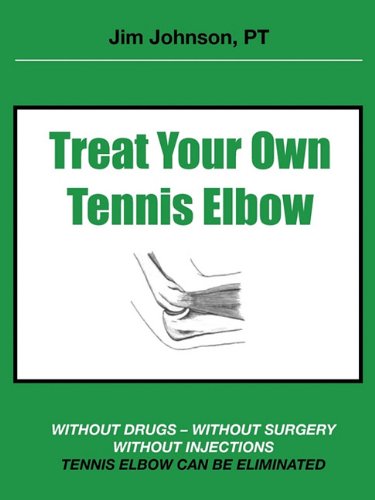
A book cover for Treat Your Own Tennis Elbow; Jim Johnson; Health, Fitness & Dieting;